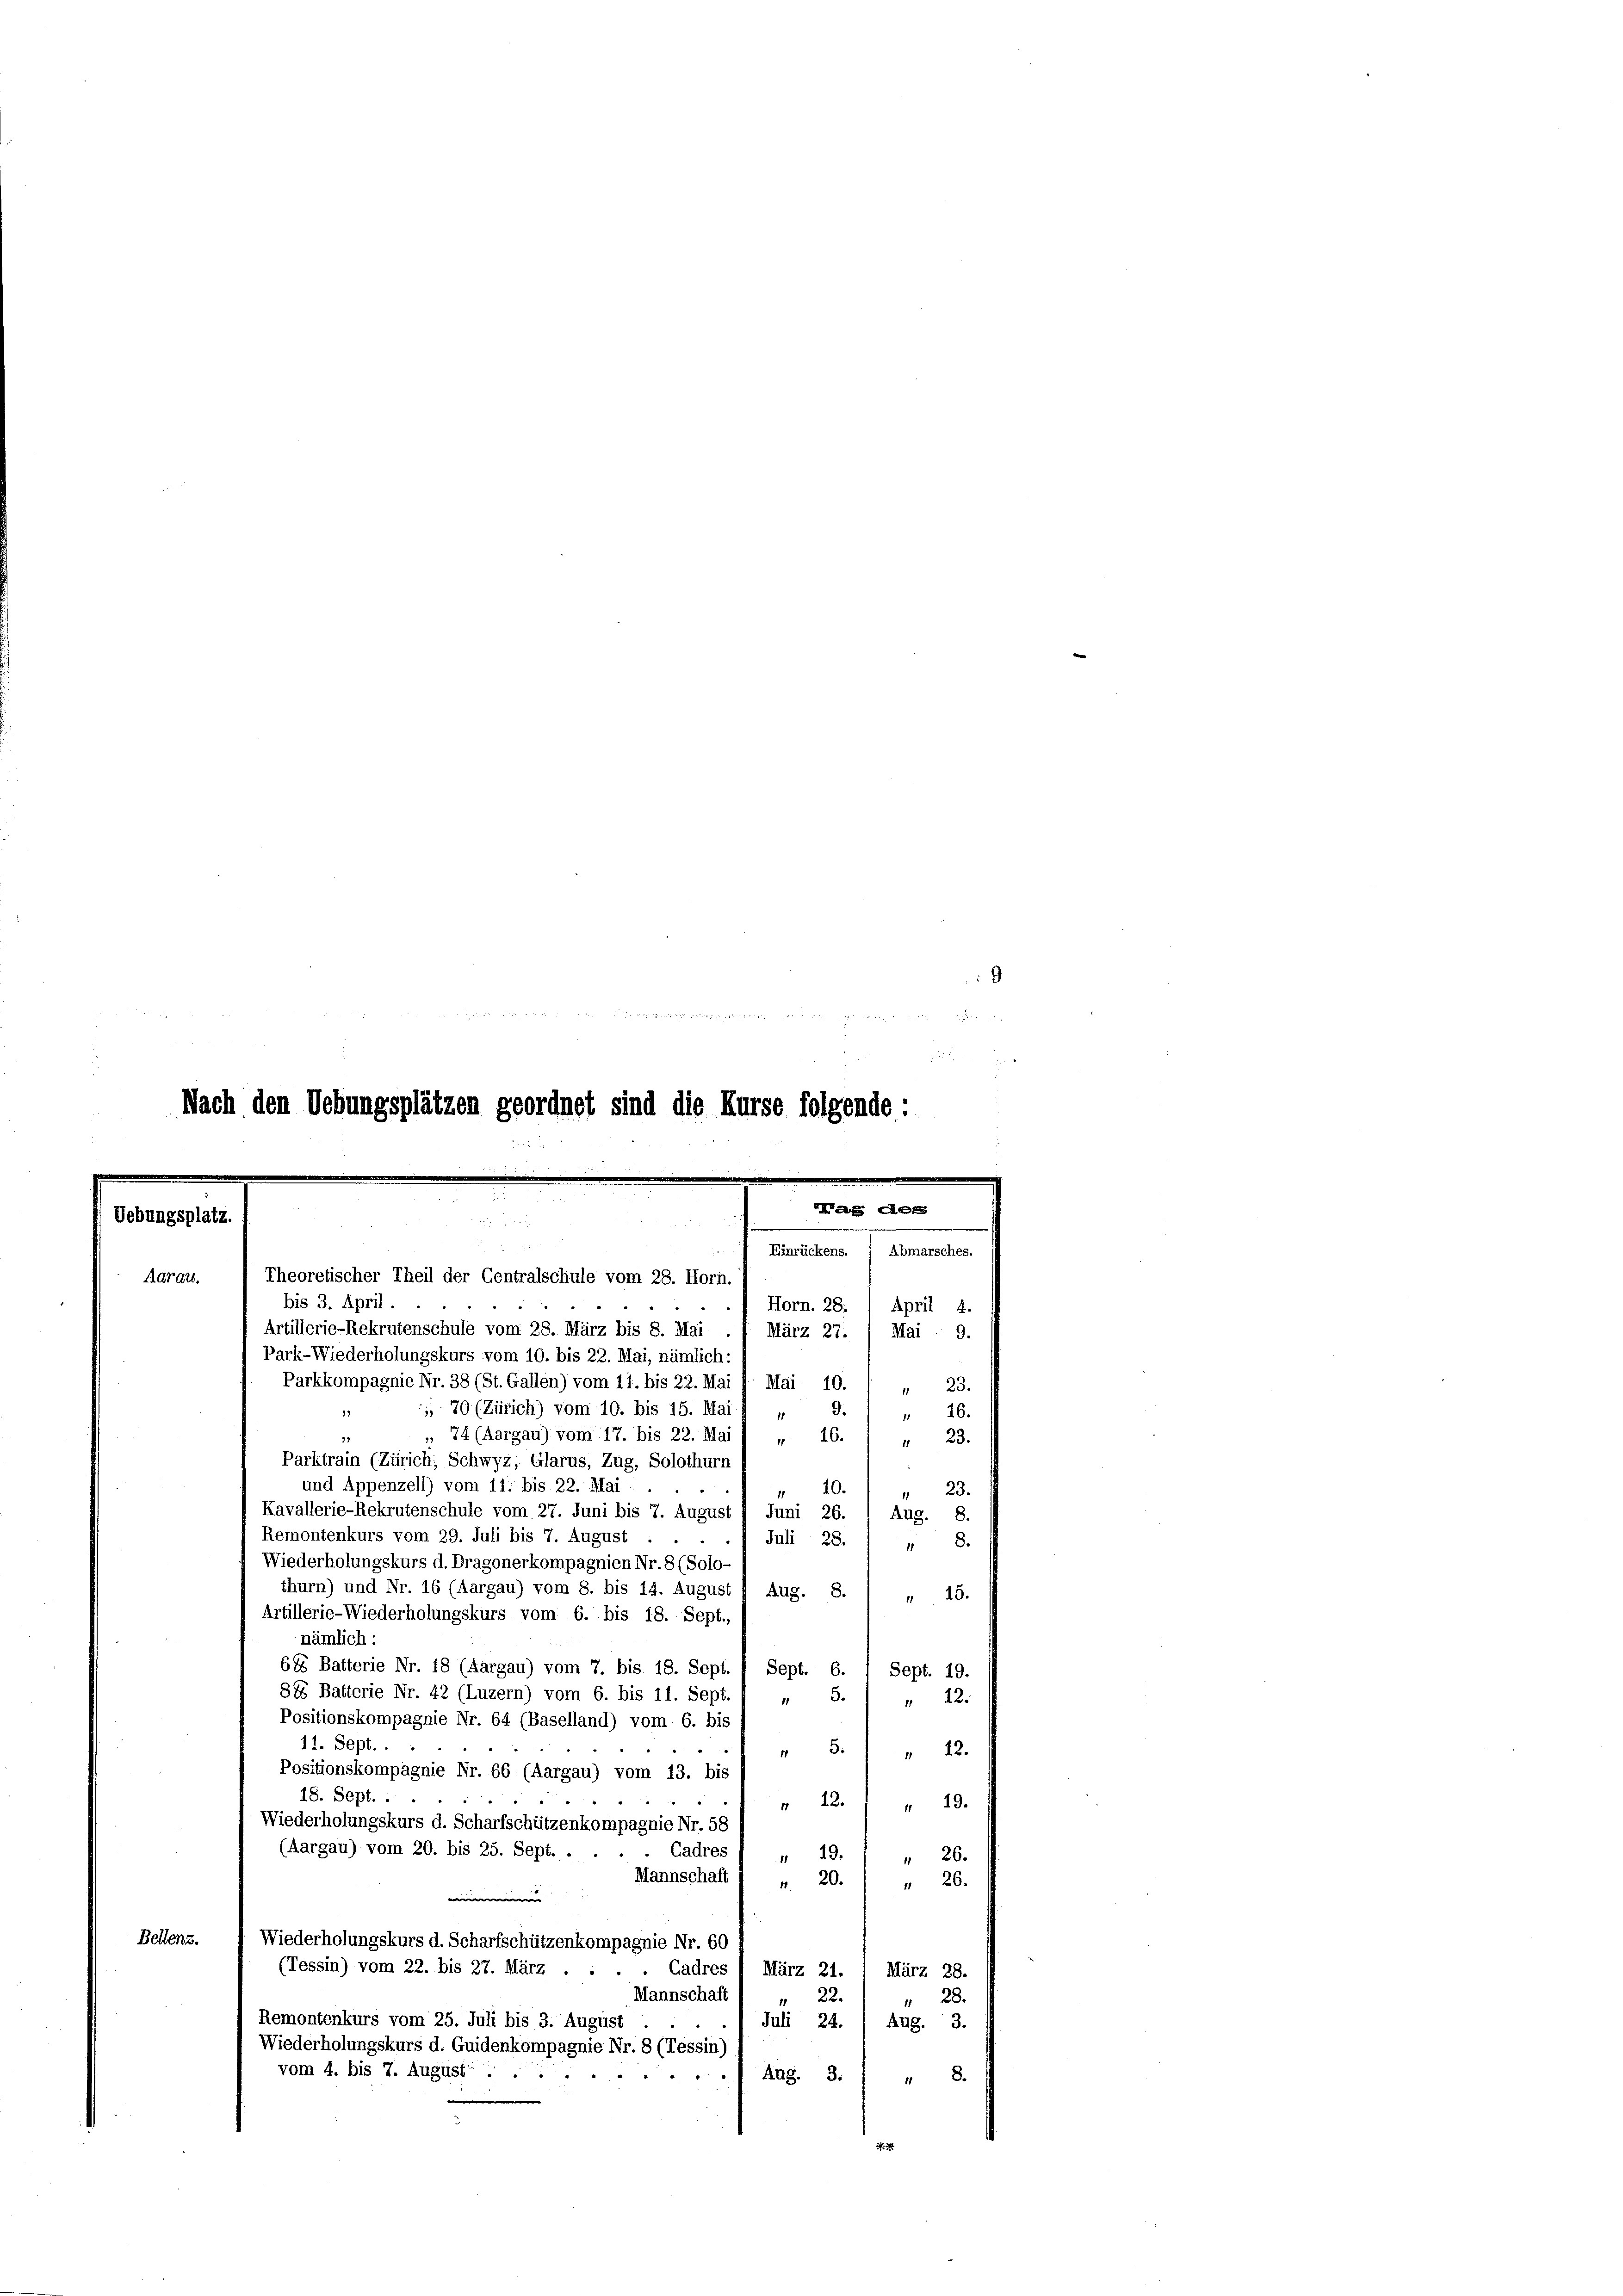
9

Nach den Uebungsplätzen geordnet sind die Kurse folgende:
eater d

ungsplatz.

Aarau.
bis 3. April.
Horn. 28. April 4.
Artillerie-Rekrutenschule vom 28. März bis 8. Mai :
März 27.
Mai 9.
Park-Wiederholungskurs vom 10. bis 22. Mai, nämlich:
Parkkompagnie Nr. 38 (St. Gallen) vom 11. bis 22. Mai d. Mai 10.
23.
.
9.
 70 (Zürich) vom 10. bis 15. Mai 9 "
16.
1
 74 (Aargau) vom 17. bis 22. Mai
 16.
" 23.
Parktrain (Zürich; Schwyz, Glarus, Zug, Solothurn
und Appenzell) vom 11. bis 22. Mai
10.
23.
Kavallerie-Rekrutenschule vom 27. Juni bis 7. August 1 Juni 26.
Aug.
8.
Remontenkurs vom 29. Juli bis 7. August
Juli 28.
8.
1
Wiederholungskurs d. Dragonerkompagnien Nr. 8 (Solo-
thurn) und Nr. 16 (Aargau) vom 8. bis 14. August 1 Aug. S.
15.
Artillerie-Wiederholungskurs vom 6. bis 18. Sept.,
nämlich:
685 Batterie Nr. 18 (Aargau) vom 7. bis 18. Sept. 1 Sept. 6. 1 Sept. 19.
88 Batterie Nr. 42 (Luzern) vom 6. bis 11. Sept.
8.
" 22.
Positionskompagnie Nr. 64 (Baselland) vom 6. bis
11. Sept. .
 5.
 22.
Positionskompagnie Nr. 66 (Aargau) vom 13. bis
18. Sept. .
„ 12. " " 19.
Wiederholungskurs d. Scharfschützenkompagnie Nr. 58
(Aargau) vom 20. bis 25. Sept. .
Cadres
 19.
" 26.
Mannschaft 1 „ 20.) " 26.
e
Bellenz.
Wiederholungskurs d. Scharfschützenkompagnie Nr. 60
(Tessin) vom 22. bis 27. März . .
Cadres 1 März 21. März 28.
Mannschaft
28.
22.
Remontenkurs vom 25. Juli bis 3. August
Juli 24.
Aug. 3.
Wiederholungskurs d. Guidenkompagnie Nr. 8 (Tessin)
vom 4. bis 7. August. .
Aag. 3.
" 8.
d.

de

Einrückens. ( Abmarsches.
Theoretischer Theil der Centralschule vom 28. Horn.